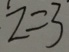
z = 3